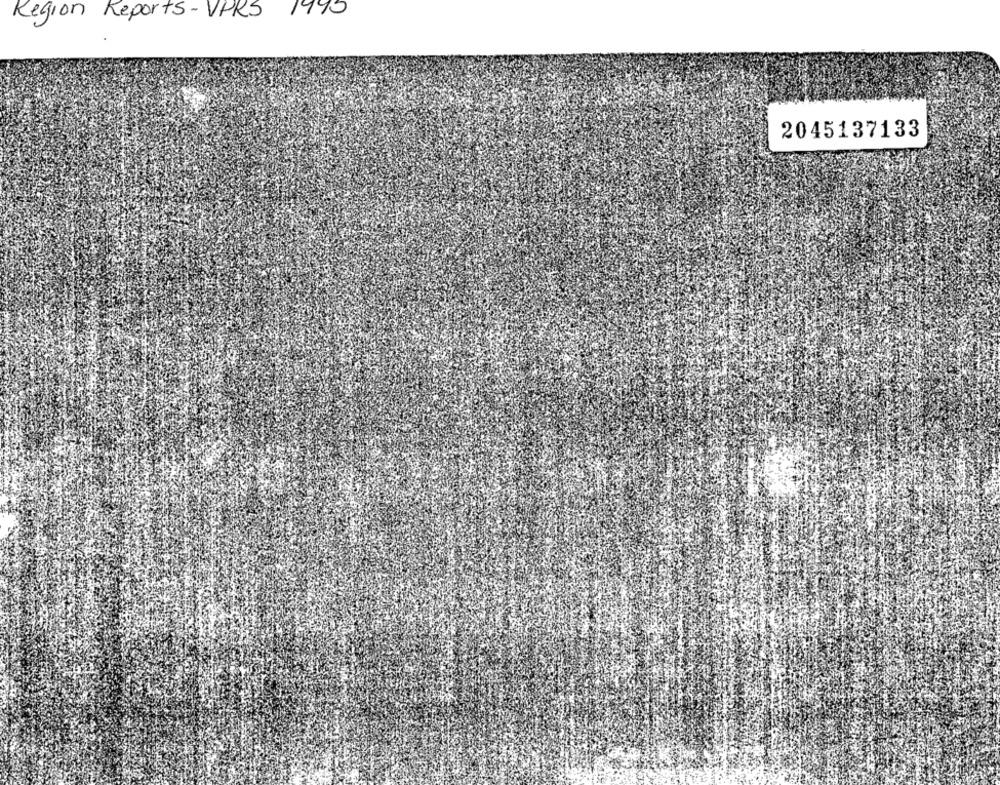
Region Reports-VPRS
1490
2045137133